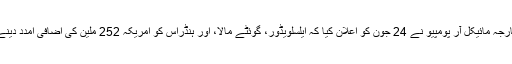
امریکہ کے وزیر خارجہ مائیکل آر پومپیو نے 24 جون کو اعلان کیا کہ ایلسلویڈور، گوئٹے مالا، اور ہنڈراس کو امریکہ 252 ملین کی اضافی امدد دینے کا ارادہ رکھتا ہے۔